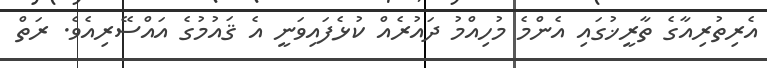
އެރިތުރިއާގެ ތާރީޚުގައި އެންމެ މުހިއްމު ދައުރެއް ކުޅެފައިވަނީ އެ ޤައުމުގެ އައްސޭރިއެވެ. ރަތް